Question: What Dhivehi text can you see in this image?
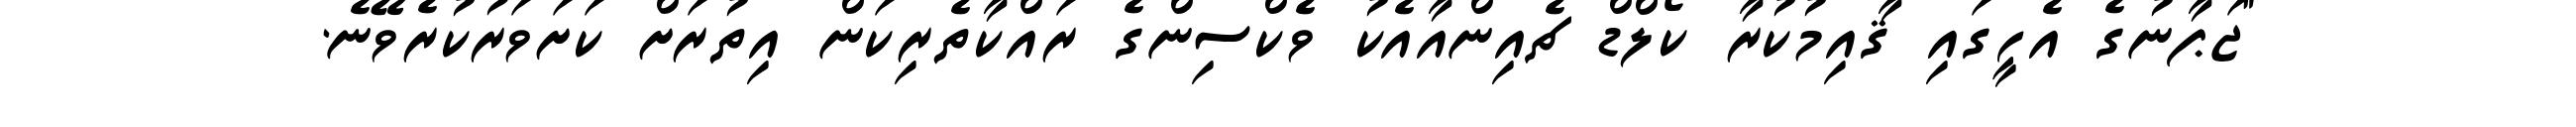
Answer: "ޖަޕާނުގެ އެހީގައި ޤާއިމުކުރާ ކޯލްޑް ޗެއިންއާއެކު ވެކްސިންގެ ރައްކާތެރިކަން އިތުރަށް ކަށަވަރުކުރެވޭނެ.